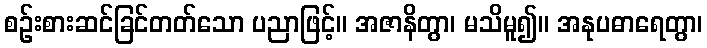
စဉ်းစားဆင်ခြင်တတ်သော ပညာဖြင့်။ အဇာနိတွာ၊ မသိမူ၍။ အနုပဓာရေတွာ၊